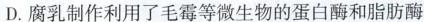
D.腐乳制作利用了毛霉等微生物的蛋白酶和脂肪酶